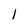
Character: I